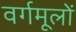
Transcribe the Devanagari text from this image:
वर्गमूलों